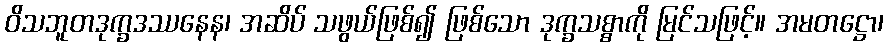
ဝိသဘူတဒုက္ခဒဿနေန၊ အဆိပ် သဖွယ်ဖြစ်၍ ဖြစ်သော ဒုက္ခသစ္စာကို မြင်သဖြင့်။ အမတဋ္ဌော၊